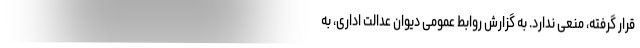
قرار گرفته، منعی ندارد. به گزارش روابط عمومی دیوان عدالت اداری، به